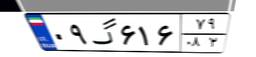
۰۹گ۶۱۶۷۹